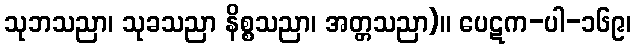
သုဘသညာ၊ သုခသညာ နိစ္စသညာ၊ အတ္တသညာ)။ ပေဋက-ပါ-၁၆၉၊